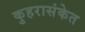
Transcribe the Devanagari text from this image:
कुहरासंकेत